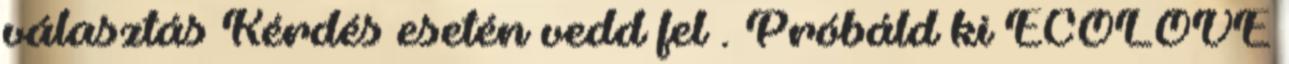
választás Kérdés esetén vedd fel . Próbáld ki ECOLOVE